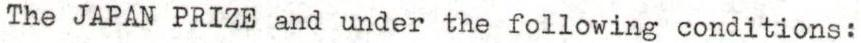
The JAPAN PRIZE and under the following conditions: